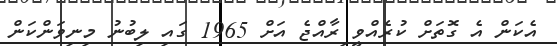
އެކަން އެ ގޮތަށް ކުރެއްވީ ިރާއްޖެ އަށް 1965 ގައި ލިބުނު މިނިވަންކަން